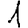
Digit: 1